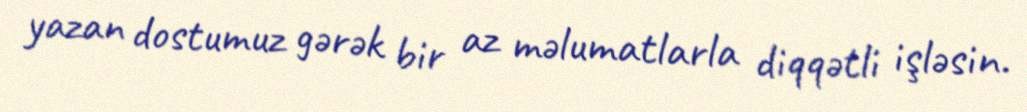
yazan dostumuz gərək bir az məlumatlarla diqqətli işləsin.